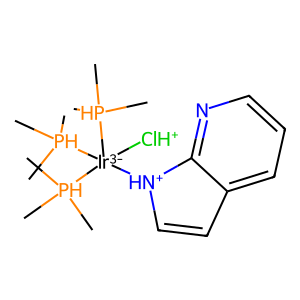
SMILES: C[PH](C)(C)[Ir-3]([ClH+])([NH+]1C=Cc2cccnc21)([PH](C)(C)C)[PH](C)(C)C
Inhibits HIV replication: No